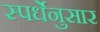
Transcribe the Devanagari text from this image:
स्पर्धेनुसार